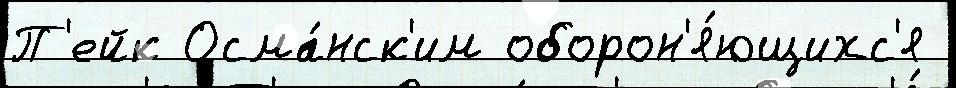
П'ейк Осма́нск'им оборон'я́ющихс'я